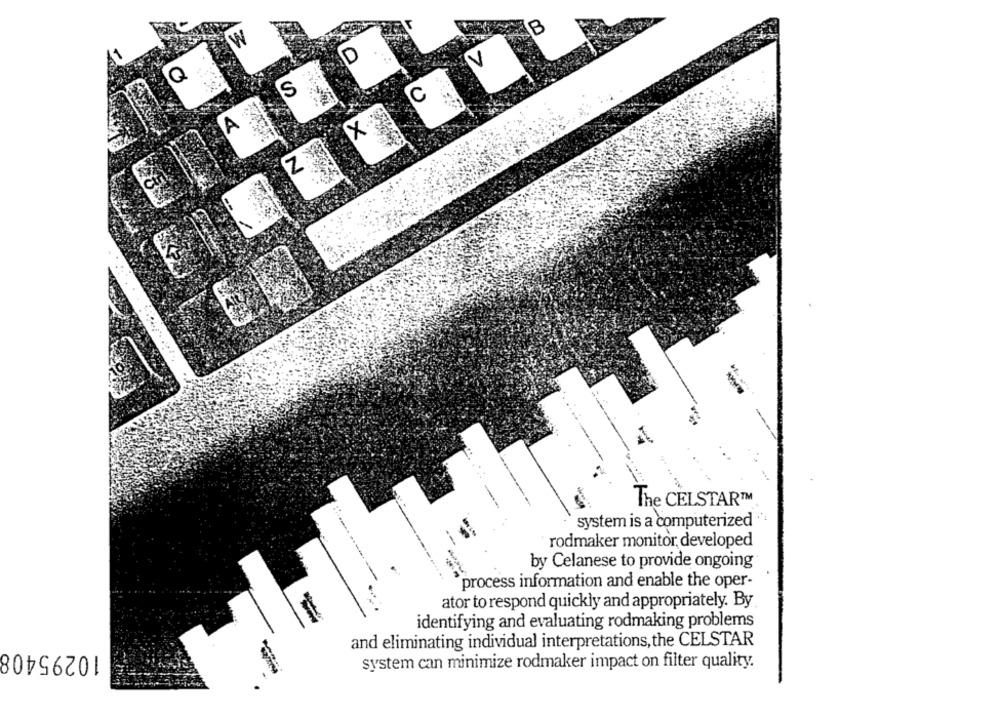
B
W
D
V
Q
S
C
... .
The CELSTAR™
system is a computerized
rodmaker monitor, developed
by Celanese to provide ongoing
process information and enable the oper-
ator to respond quickly and appropriately. By
identifying and evaluating rodmaking problems
10295408
and eliminating individual interpretations, the CELSTAR
system can minimize rodmaker impact on filter quality.